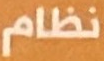
نظام